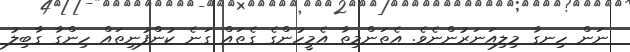
ނަން ހިނގާ މިލިއަނަރުންނެވެ. އެތަންމިތާ އެމީހުންގެ ގެތައް ގަނެ ކުންފުނިތައް ހިންގާ ގާބިލު